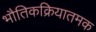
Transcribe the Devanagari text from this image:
भौतिकक्रियातमक